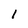
Character: l